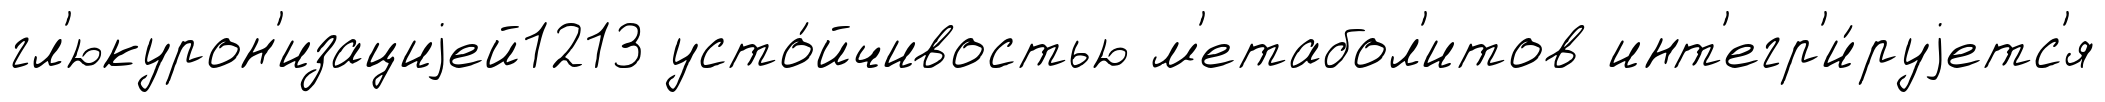
гл'юкурон'изациjей1213 усто́йчивостью м'етабол'итов инт'егр'и́руjетс'я